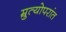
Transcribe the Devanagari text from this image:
म्रुत्योपरांत